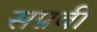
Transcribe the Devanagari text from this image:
सप़वी